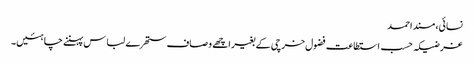
نسائی، مسند احمد
غرضیکہ حسب استطاعت فضول خرچی کے بغیر اچھے وصاف ستھرے لباس پہننے چاہئیں۔